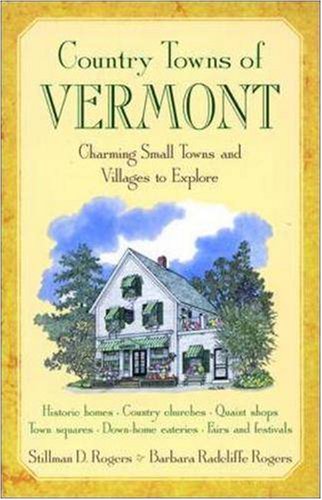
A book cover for Country Towns of Vermont; Steve Rodgers; Travel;